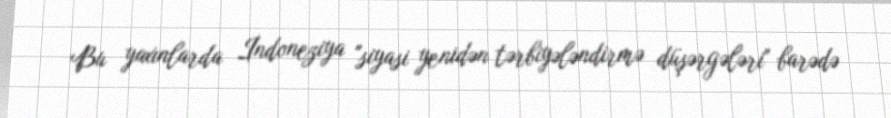
Bu yaxınlarda İndoneziya "siyasi yenidən tərbiyələndirmə düşərgələri" barədə